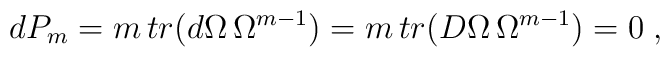
dP_{m}=m\,tr(d\Omega\,\Omega^{m-1})=m\,tr(D\Omega \, \Omega^{m-1})=0\;,